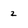
Character: 2